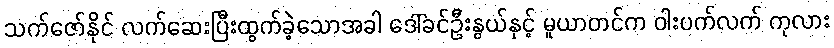
သက်ဇော်နိုင် လက်ဆေးပြီးထွက်ခဲ့သောအခါ ဒေါ်ခင်ဦးနွယ်နှင့် မူယာတင်က ဝါးပက်လက် ကုလား